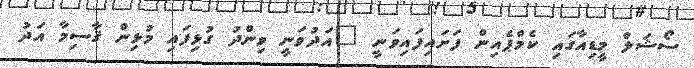
ސޯޝަލް މީޑިއާގައި ކެމްޕެއިން ފަށައިފައިވަނީ "އަދުވަނީ ވިންދު ގުޅިފައި މުޅިން ޤާސިމާ އަދު